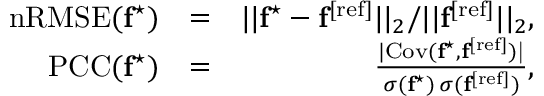
\begin{array} { r l r } { \mathrm { n R M S E } ( \mathbf { f } ^ { \star } ) } & { = } & { | | \mathbf { f } ^ { \star } - \mathbf { f } ^ { \mathrm { [ r e f ] } } | | _ { 2 } / | | \mathbf { f } ^ { \mathrm { [ r e f ] } } | | _ { 2 } , } \\ { \mathrm { P C C } ( \mathbf { f } ^ { \star } ) } & { = } & { \frac { \vert \mathrm { C o v ( \mathbf { f } ^ { \star } , \mathbf { f } ^ { \mathrm { [ r e f ] } } ) \vert } } { \sigma ( \mathbf { f } ^ { \star } ) \, \sigma ( \mathbf { f } ^ { \mathrm { [ r e f ] } } ) } , } \end{array}